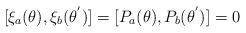
LaTeX: \begin{align*}[{\xi}_a(\theta),{\xi}_b({\theta}^{'})]=[P_a({\theta}),P_b({\theta}^{'})]=0\end{align*}